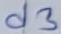
Text: d3